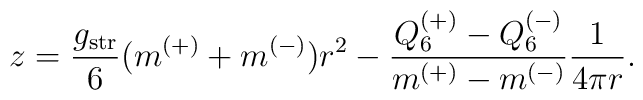
z=\frac{g_{\rm str}}{6}(m^{(+)}+m^{(-)})r^2            -\frac{Q_6^{(+)}-Q_6^{(-)}}{m^{(+)}-m^{(-)}}\frac{1}{4\pi r}.